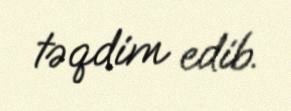
təqdim edib.